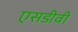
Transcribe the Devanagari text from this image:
एसडीवी